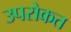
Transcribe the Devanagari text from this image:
उपरोकत